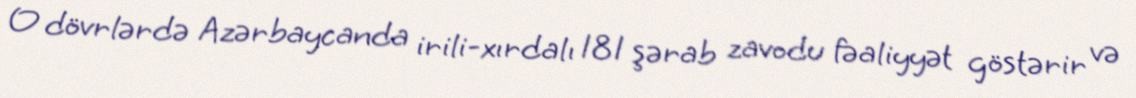
O dövrlərdə Azərbaycanda irili-xırdalı 181 şərab zavodu fəaliyyət göstərir və